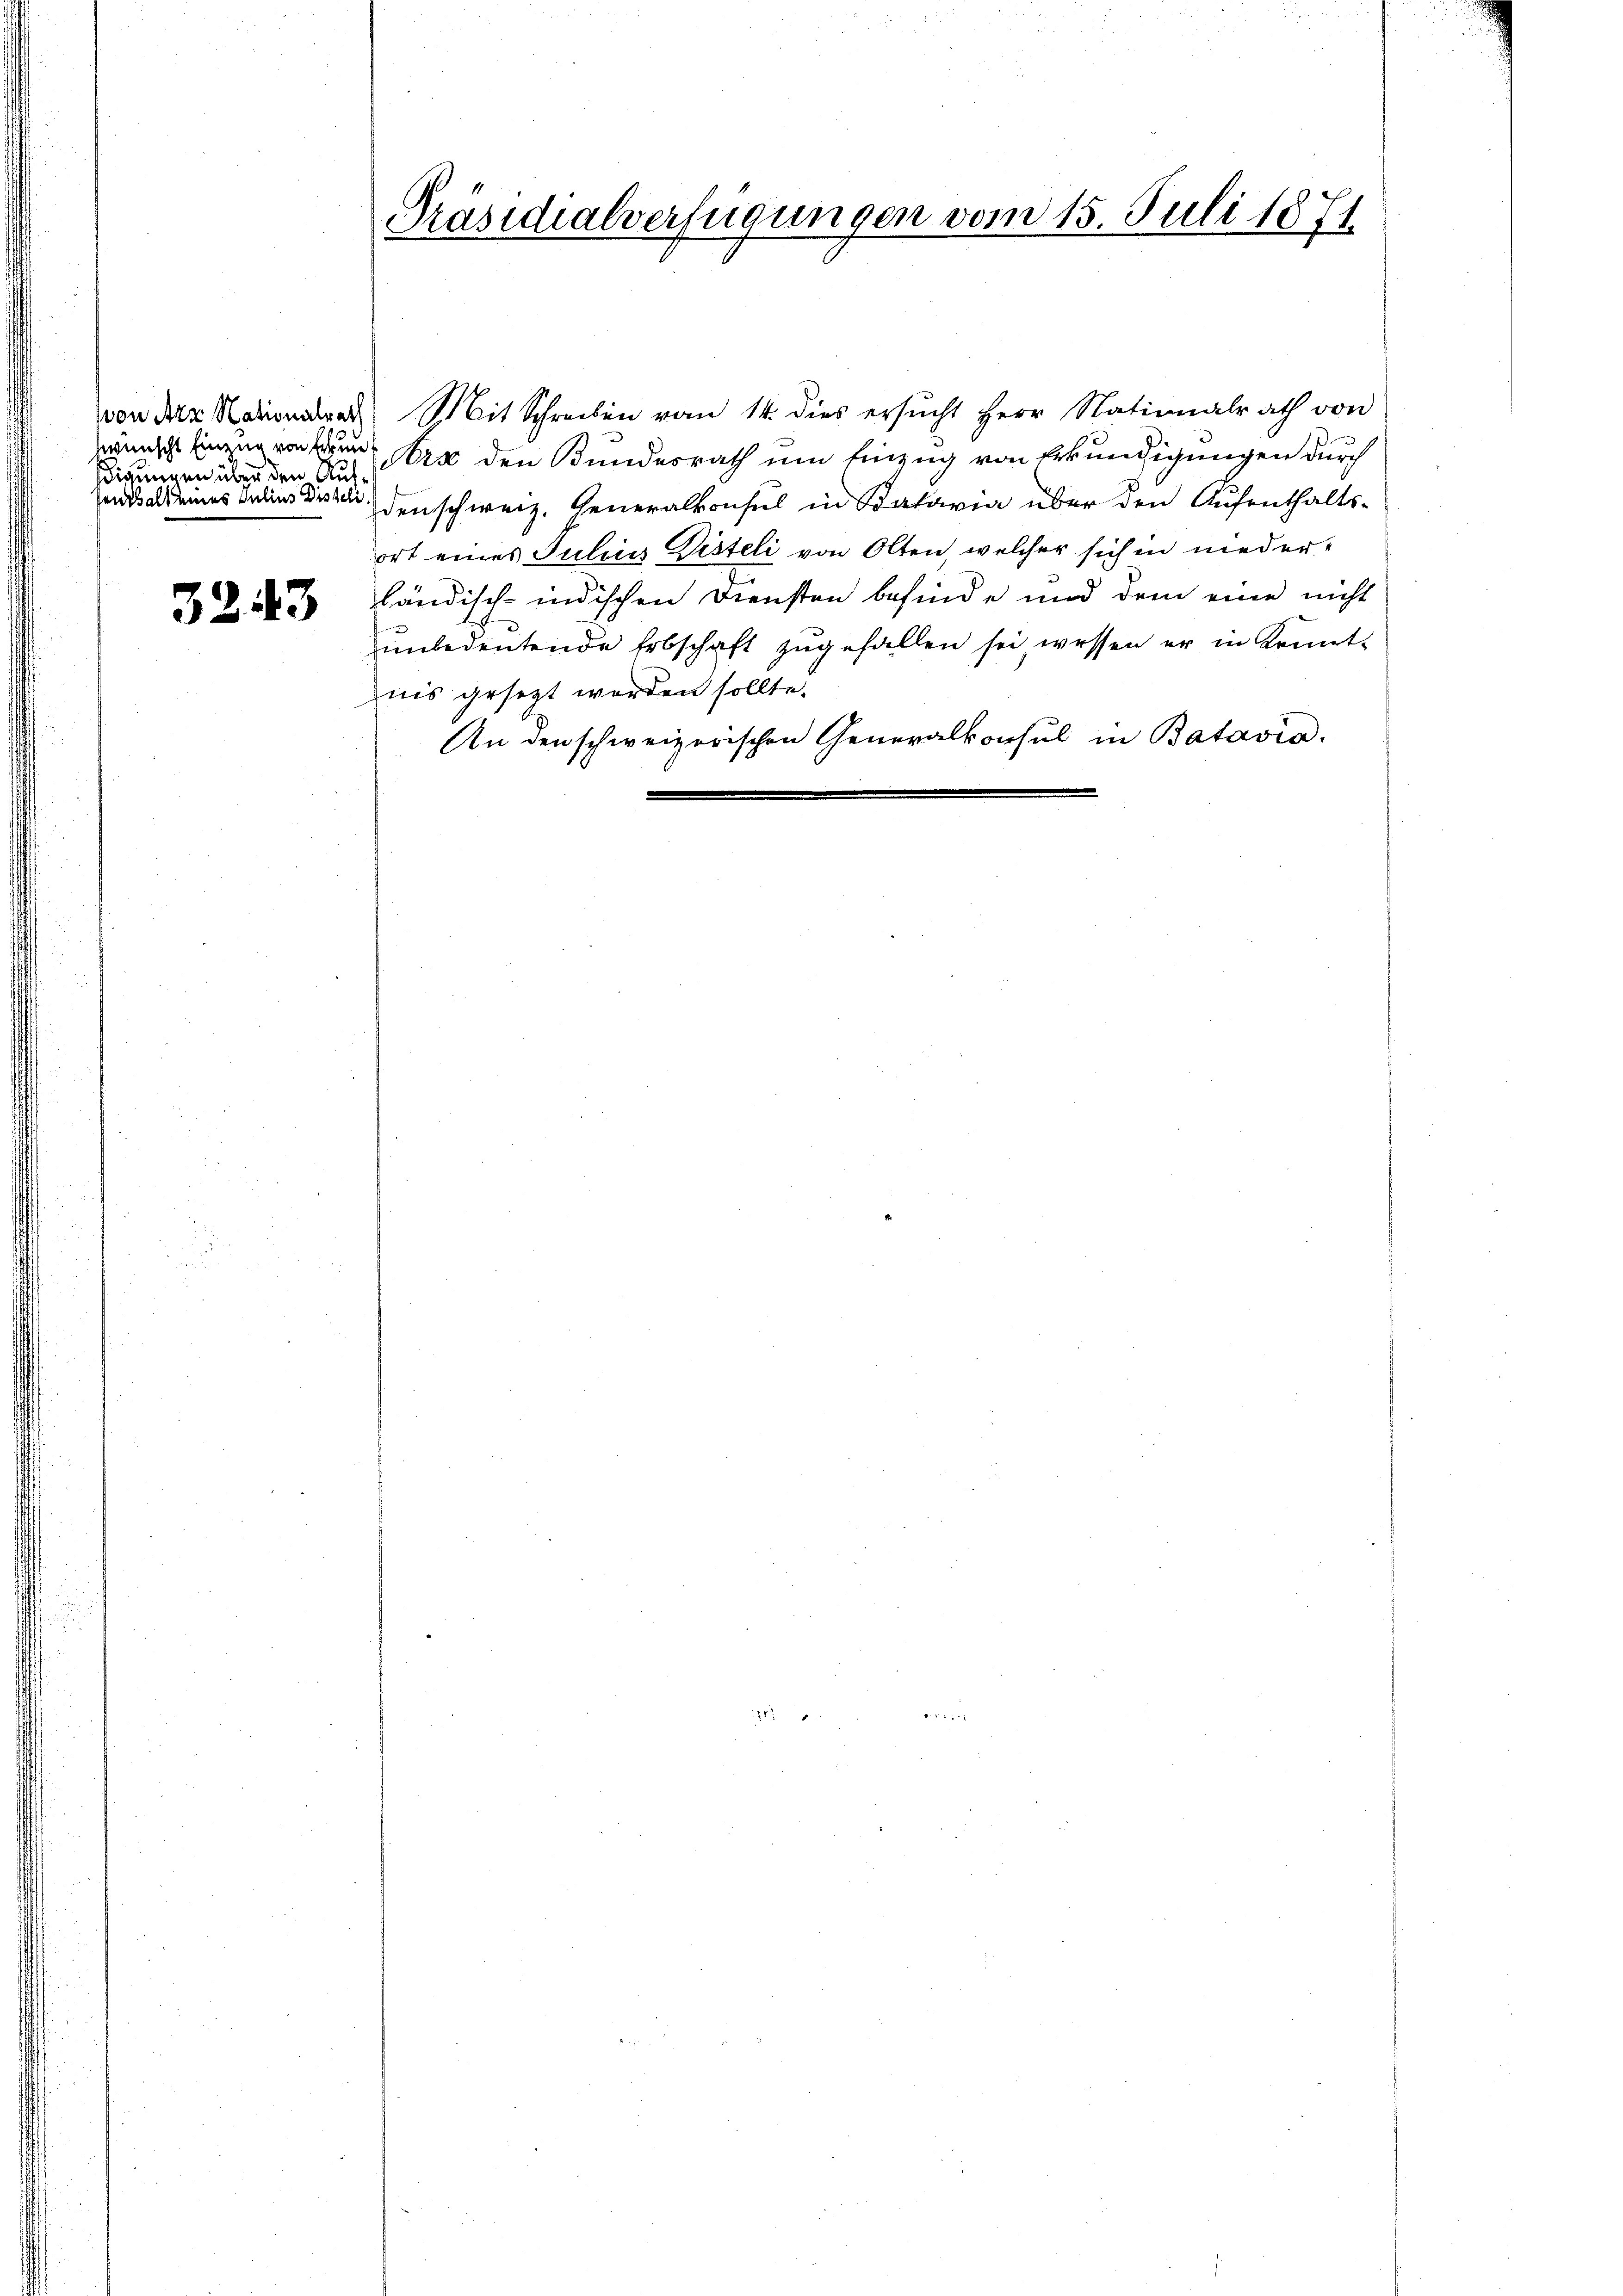
sdigungen über den Aufsenthalt eines Julius Disseli

3243

Präsidialverfügungen vom 15. Juli 1871

von der Nationsdrad Mit Schreiben vom 14. dies ersŭcht Herr Nationalrath von
wünscht Einzug von Arx den Bundesrath um Einzug von Erkundigungen durch
denschweiz. Generalkonsul in Batavia über den Aufenthalts-
ort eines Julius Disteli von Olten, welcher sich in niederländisch-indischen Diensten befinde und dem eine nicht
unbedeutende Erbschaft zugefallen sei, wessen er in Kennt-
nis gesezt worden sollte.
An den schweizerischen Generalkonsul in Batavia